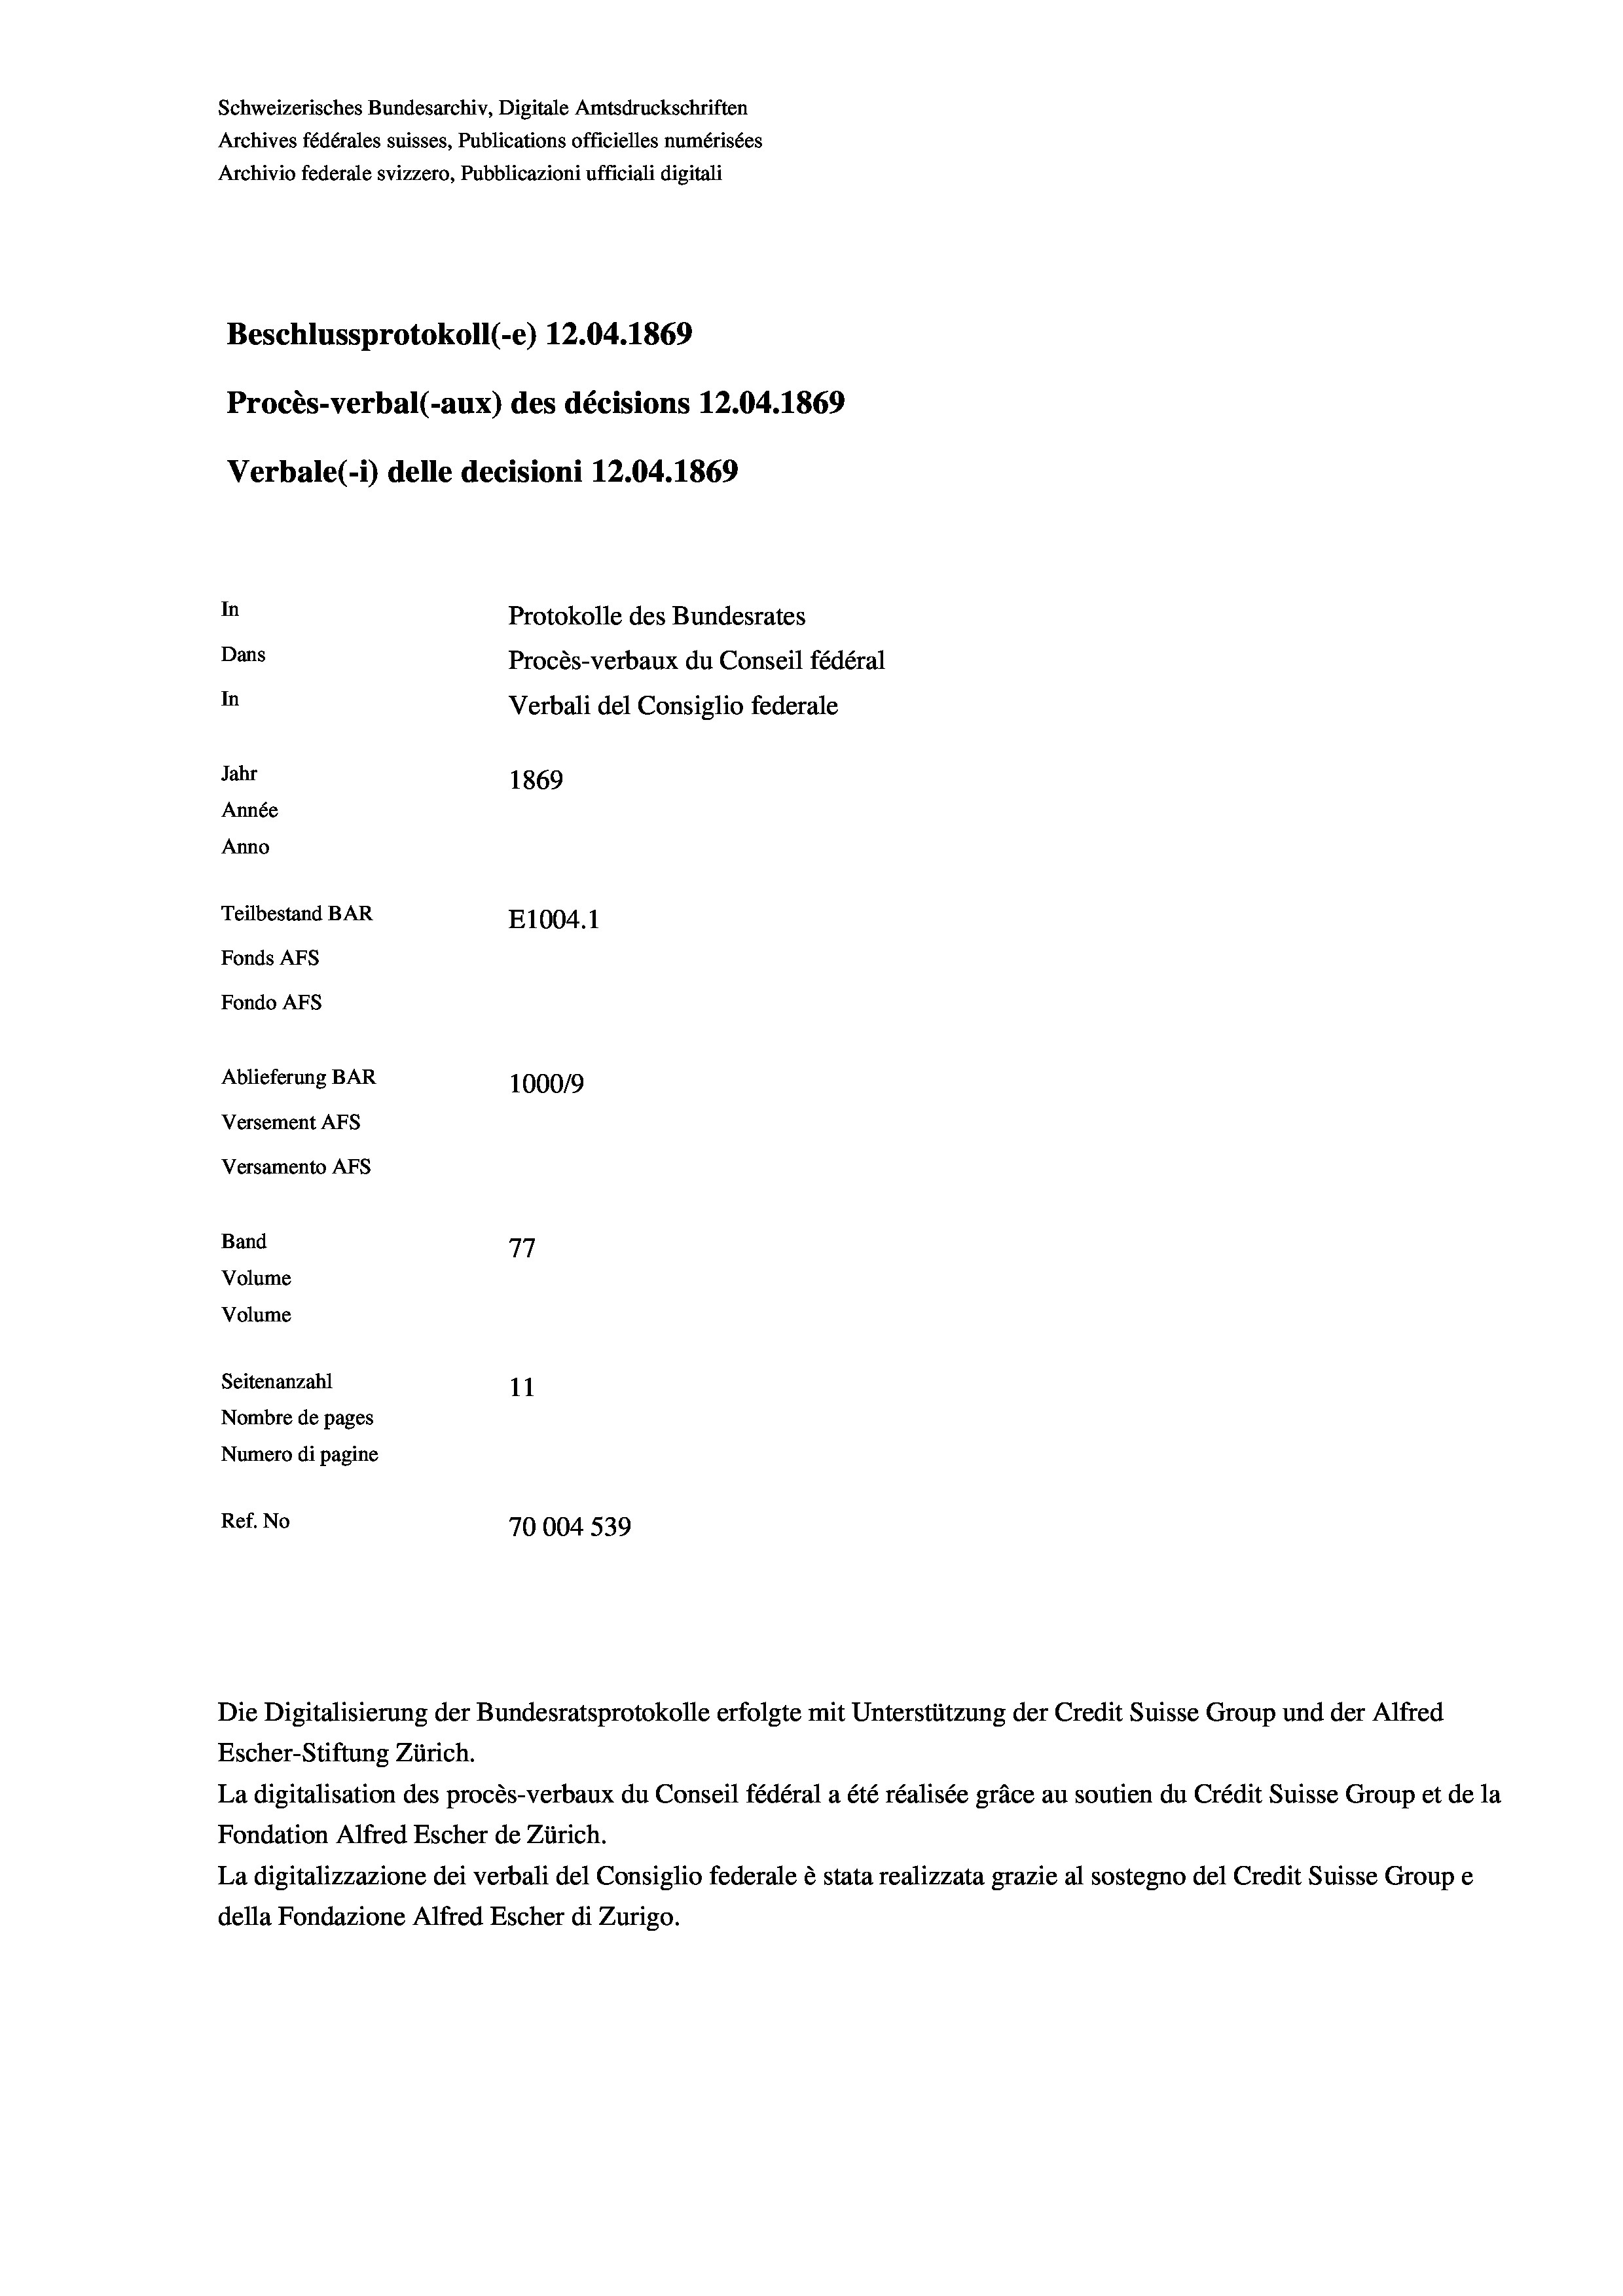
Schweizerisches Bundesarchiv, Digitale Amtsdruckschriften
Archives fédérales suisses, Publications officielles numérisées
Archivio federale svizzero, Pubblicazioni ufficiali digitali
Beschlussprotokoll (-e) 12.04. 1869
Procès-verbal (-aux) des décisions 12.04. 1869
Verbale (-*) delle decisioni 12.04. 1869
In
Protokolle des Bundesrates
Dans
Procès-verbaux du Conseil fédéral
In
Verbali del Consiglio federale
Jahr
1869
Année
Anno
Teilbestand BAR
E1004.1
Fonds AFs
Fondo AFs
Ablieferung BAR
1000/9
Versement Abs
Versamento AFs
Band
77
Volume
Volume
Seitenanzahl
11
Nombre de pages
Numero di pagine
Ref. No
70004 539

d

Escher-Stiftung Zürich.
La digitalisation des procès-verbaux du Conseil fédéral a été réalisée gräce au soutien du Crédit Suisse Group et de la
Fondation Alfred Escher de Zürich.
La digitalizzazione dei verbali del Consiglio federale è stata realizzata grazie al sostegno del Credit Suisse Groupe
della Fondazione Alfred Escher di Zurigo.

Die Digitalisierung der Bundesratsprotokolle erfolgte mit Unterstützung der Credit Suisse Group und der Alfred